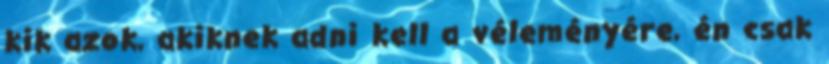
kik azok, akiknek adni kell a véleményére, én csak